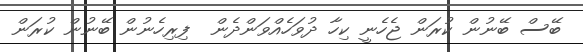
ބޭސް ބޭނުން ކުރަން ޖެހެނީ ކިހާ ދުވަހެއްވަންދެން  ފިރިހެނުން ބޭނުން ކުރަން